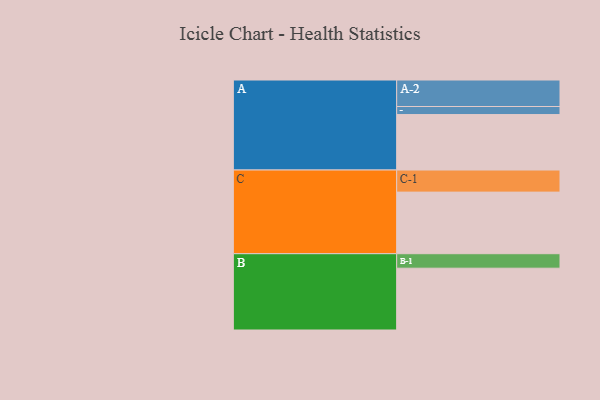
{"axis": {"x": "Segment", "y": "Value"}, "legend": ["", "A", "B", "C"], "data": [{"x": "A", "y": 517, "type": ""}, {"x": "B", "y": 576, "type": ""}, {"x": "C", "y": 574, "type": ""}, {"x": "A-1", "y": 75, "type": "A"}, {"x": "A-2", "y": 247, "type": "A"}, {"x": "B-1", "y": 135, "type": "B"}, {"x": "C-1", "y": 206, "type": "C"}]}